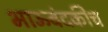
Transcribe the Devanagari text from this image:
भाऊबंदकीच